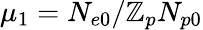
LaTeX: \mu_{1}=N_{e0}/\mathbb{Z}_{p}N_{p0}